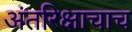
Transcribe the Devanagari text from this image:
अंतरिक्षाचाच